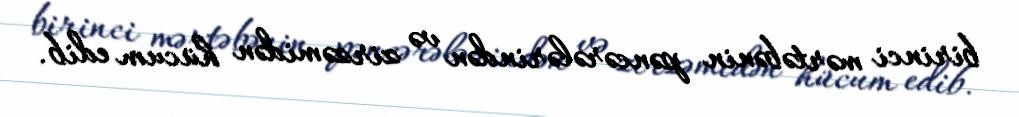
birinci mərtəbənin pəncərələrindən və zirzəmidən hücum edib.